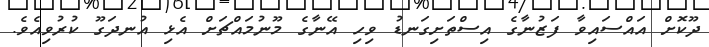
ދޫކޮށް އައްސައިވާ ފަޒުނާގެ އިސްތަށިގަނޑު ވިހި އޭނާގެ މޫނުމައްޗަށް އެޅި އުނދަގޫ ކުރުވިއެވެ.